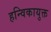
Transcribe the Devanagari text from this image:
हन्विकायुक्त